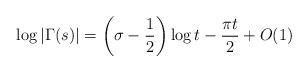
LaTeX: \begin{align*}\log|\Gamma(s)|=\left(\sigma-\frac12\right)\log t-{\pi t\over2}+O(1)\end{align*}